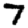
Digit: 7